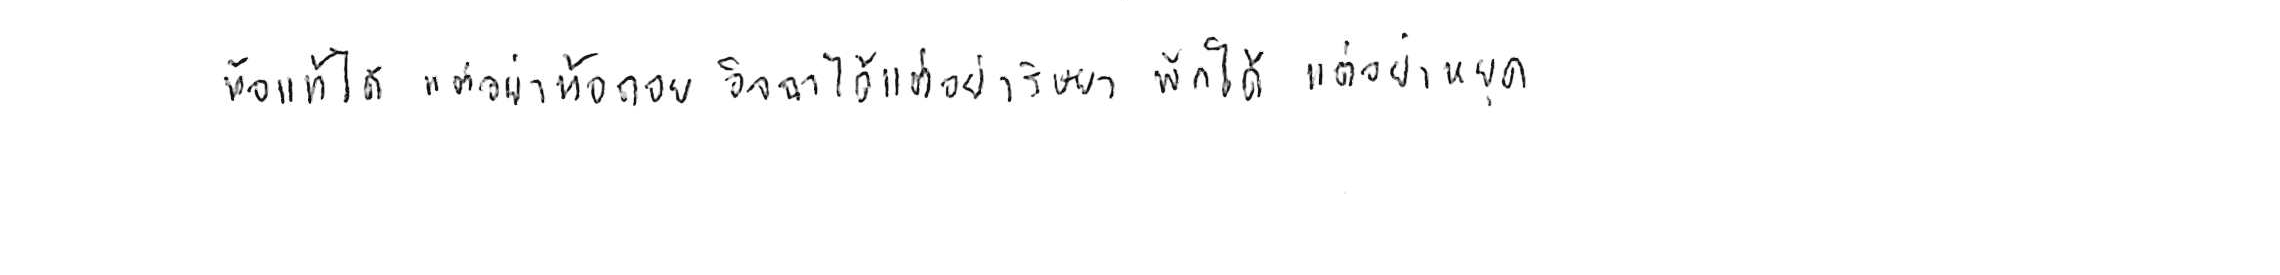
ท้อแท้ได้ แต่อย่าท้อถอย อิจฉาได้ แต่อย่าริษยา พักได้ แต่อย่าหยุด